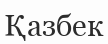
Қазбек